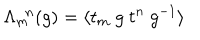
\Lambda _ { m } ^ { ~ ~ n } ( g ) = \langle t _ { m } ~ g ~ t ^ { n } ~ g ^ { - 1 } \rangle